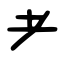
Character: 耂